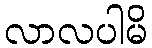
လာလပါမိ